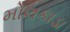
મોલકાડા